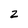
Character: z